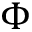
\Phi